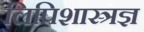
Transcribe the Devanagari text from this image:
लिपिशास्त्रज्ञ